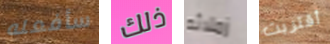
سأفعله ذلك زملائه أقتربت